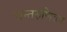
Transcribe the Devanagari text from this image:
चन्तरुणिवन